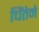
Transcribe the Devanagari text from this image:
चिंतेने